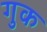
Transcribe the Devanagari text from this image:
गुक